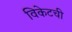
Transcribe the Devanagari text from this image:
विकेटची